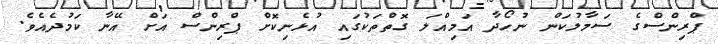
ޕްރިންސްގެ ސަމާލުކަން ނުހޯދާ އަމިއްލަ ގޮތްތަކުގައި އުޅެނިކޮށް ޕްރިންސް އަށް އޭނާ ކަމުދެއެވެ.